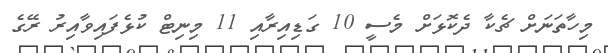
މިހާތަނަށް ޗެކާ ދެކޮޅަށް މެސީ 10 ގަޑިއިރާއި 11 މިނިޓް ކުޅެފައިވާއިރު ރޭގެ